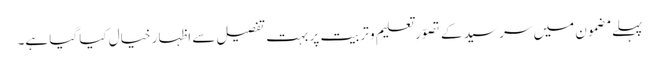
پہلے مضمون میں سر سید کے تصوّرِ تعلیم و تربیت پر بہت تفصیل سے اظہار خیال کیا گیا ہے۔